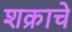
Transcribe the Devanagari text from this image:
शक्राचे